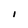
Character: I